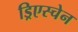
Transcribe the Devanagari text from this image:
ड्रिएस्चेन